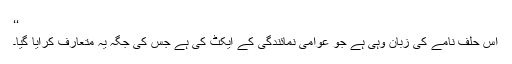
‘‘
اس حلف نامے کی زبان وہی ہے جو عوامی نمائندگی کے ایکٹ کی ہے جس کی جگہ یہ متعارف کرایا گیا۔